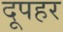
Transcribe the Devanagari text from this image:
दूपहर